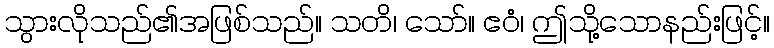
သွားလိုသည်၏အဖြစ်သည်။ သတိ၊ သော်။ ဧဝံ၊ ဤသို့သောနည်းဖြင့်။